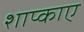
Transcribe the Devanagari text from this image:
शाप्काए